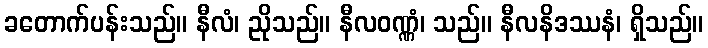
ခတောက်ပန်းသည်။ နီလံ၊ ညိုသည်။ နီလဝဏ္ဏံ၊ သည်။ နီလနိဒဿနံ၊ ရှိသည်။